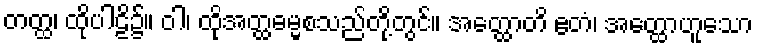
တတ္ထ၊ ထိုပါဠိ၌။ ဝါ၊ ထိုအတ္ထဓမ္မစသည်တို့တွင်။ အတ္ထောတိ ဧတံ၊ အတ္ထောဟူသော